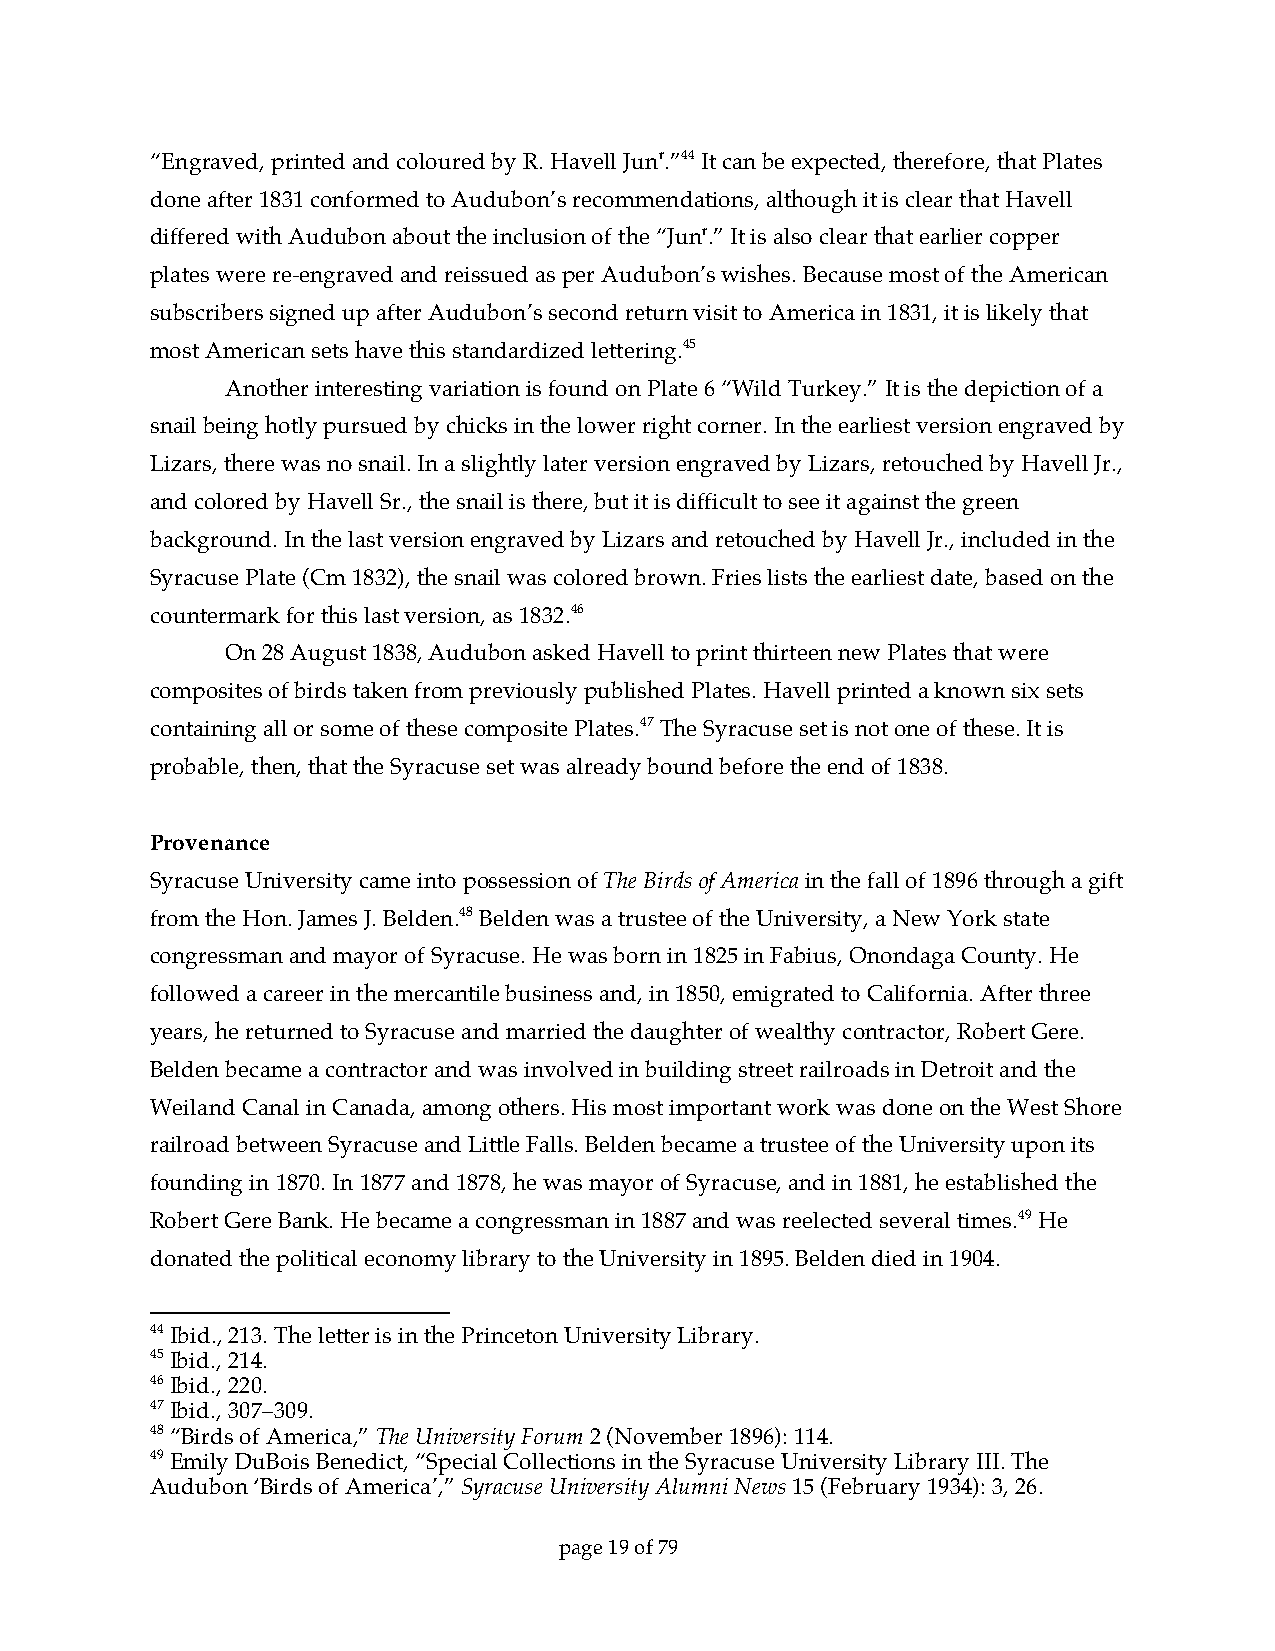
“Engraved, printed and coloured by R. Havell Junr.”44 It can be expected, therefore, that Plates
 done after 1831 conformed to Audubon’s recommendations, although it is clear that Havell
 differed with Audubon about the inclusion of the “Junr.” It is also clear that earlier copper
 plates were re-engraved and reissued as per Audubon’s wishes. Because most of the American
 subscribers signed up after Audubon’s second return visit to America in 1831, it is likely that
 most American sets have this standardized lettering.45
 Another interesting variation is found on Plate 6 “Wild Turkey.” It is the depiction of a
 snail being hotly pursued by chicks in the lower right corner. In the earliest version engraved by
 Lizars, there was no snail. In a slightly later version engraved by Lizars, retouched by Havell Jr.,
 and colored by Havell Sr., the snail is there, but it is difficult to see it against the green
 background. In the last version engraved by Lizars and retouched by Havell Jr., included in the
 Syracuse Plate (Cm 1832), the snail was colored brown. Fries lists the earliest date, based on the
 countermark for this last version, as 1832.46
 On 28 August 1838, Audubon asked Havell to print thirteen new Plates that were
 composites of birds taken from previously published Plates. Havell printed a known six sets
 containing all or some of these composite Plates.47 The Syracuse set is not one of these. It is
 probable, then, that the Syracuse set was already bound before the end of 1838.
 Provenance
 Syracuse University came into possession of The Birds of America in the fall of 1896 through a gift
 from the Hon. James J. Belden.48 Belden was a trustee of the University, a New York state
 congressman and mayor of Syracuse. He was born in 1825 in Fabius, Onondaga County. He
 followed a career in the mercantile business and, in 1850, emigrated to California. After three
 years, he returned to Syracuse and married the daughter of wealthy contractor, Robert Gere.
 Belden became a contractor and was involved in building street railroads in Detroit and the
 Weiland Canal in Canada, among others. His most important work was done on the West Shore
 railroad between Syracuse and Little Falls. Belden became a trustee of the University upon its
 founding in 1870. In 1877 and 1878, he was mayor of Syracuse, and in 1881, he established the
 Robert Gere Bank. He became a congressman in 1887 and was reelected several times.49 He
 donated the political economy library to the University in 1895. Belden died in 1904.
 44 Ibid., 213. The letter is in the Princeton University Library.
 45 Ibid., 214.
 46 Ibid., 220.
 47 Ibid., 307–309.
 48 “Birds of America,” The University Forum 2 (November 1896): 114.
 49 Emily DuBois Benedict, “Special Collections in the Syracuse University Library III. The
 Audubon ‘Birds of America’,” Syracuse University Alumni News 15 (February 1934): 3, 26.
 page 19 of 79